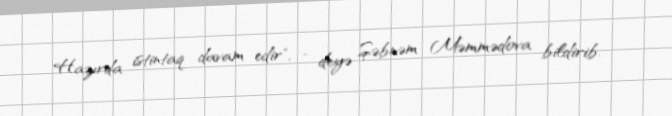
Hazırda istintaq davam edir", - deyə Şəbnəm Məmmədova bildirib.